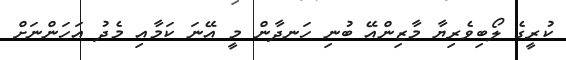
ކުރީގެ ލޯބިވެރިޔާ މާޒިންއޭ ބުނި ހަނދާން މީ އޭނަ ކަމާއި މެދު އަހަންނަށް